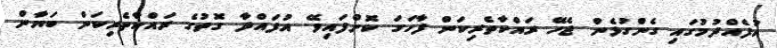
އުފެއްދުމުގައި ގެންގުޅެން ޖެހޭ ރައްކާތެރިކަން ފާހަގަ ކޮށްފައިވޭ. އުފައްދާ ގޮތުގެ ރައްކާތެރިކަން ބަޔާން